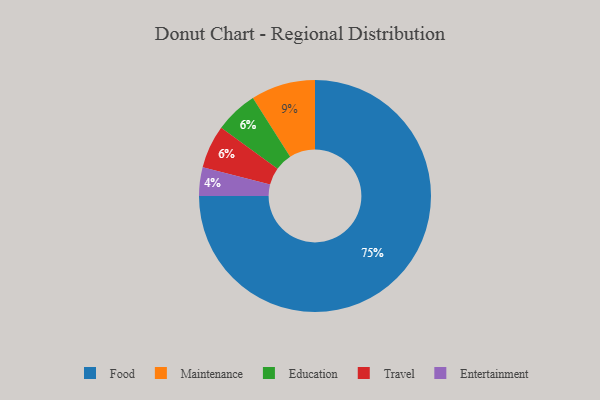
{"axis": {"x": "Category", "y": "Percentage"}, "legend": ["Education", "Entertainment", "Food", "Maintenance", "Travel"], "data": [{"x": "Food", "y": 75, "type": "Food"}, {"x": "Maintenance", "y": 9, "type": "Maintenance"}, {"x": "Education", "y": 6, "type": "Education"}, {"x": "Travel", "y": 6, "type": "Travel"}, {"x": "Entertainment", "y": 4, "type": "Entertainment"}]}